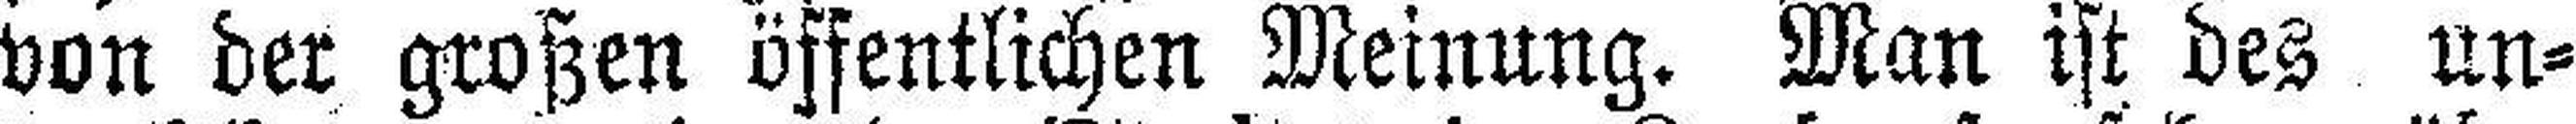
von der großen öffentlichen Meinung. Man ist des un¬